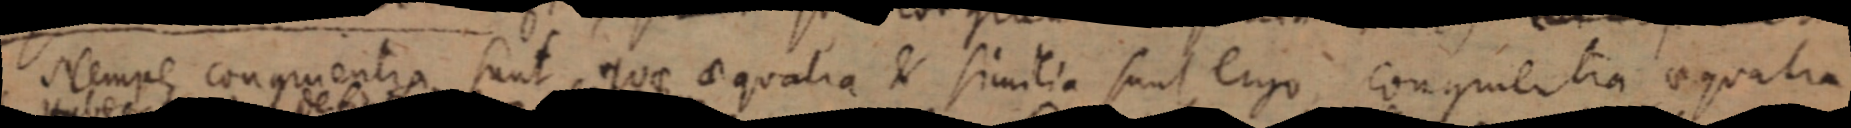
Nempe congruentia sunt quae aequalia et similia sunt ergo congruentia aequalia